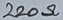
Text: 220Ω